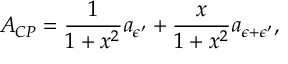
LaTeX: { \cal A } _ { C P } = \frac { 1 } { 1 + x ^ { 2 } } a _ { { \epsilon } ^ { \prime } } + \frac { x } { 1 + x ^ { 2 } } a _ { { \epsilon } + { \epsilon } ^ { \prime } } ,